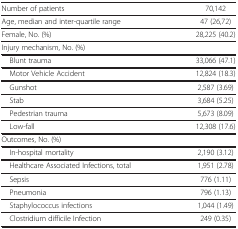
<table><thead><tr><td><b>Number of patients</b></td><td><b>70,142</b></td></tr></thead><tbody><tr><td>Age, median and inter-quartile range</td><td>47 (26,72)</td></tr><tr><td>Female, No. (%)</td><td>28,225 (40.2)</td></tr><tr><td>Injury mechanism, No. (%)</td><td> </td></tr><tr><td> Blunt trauma</td><td>33,066 (47.1)</td></tr><tr><td> Motor Vehicle Accident</td><td>12,824 (18.3)</td></tr><tr><td> Gunshot</td><td>2,587 (3.69)</td></tr><tr><td> Stab</td><td>3,684 (5.25)</td></tr><tr><td> Pedestrian trauma</td><td>5,673 (8.09)</td></tr><tr><td> Low-fall</td><td>12,308 (17.6)</td></tr><tr><td>Outcomes, No. (%)</td><td> </td></tr><tr><td> In-hospital mortality</td><td>2,190 (3.12)</td></tr><tr><td> Healthcare Associated Infections, total</td><td>1,951 (2.78)</td></tr><tr><td> Sepsis</td><td>776 (1.11)</td></tr><tr><td> Pneumonia</td><td>796 (1.13)</td></tr><tr><td> Staphylococcus infections</td><td>1,044 (1.49)</td></tr><tr><td> Clostridium difficile Infection</td><td>249 (0.35)</td></tr></tbody></table>